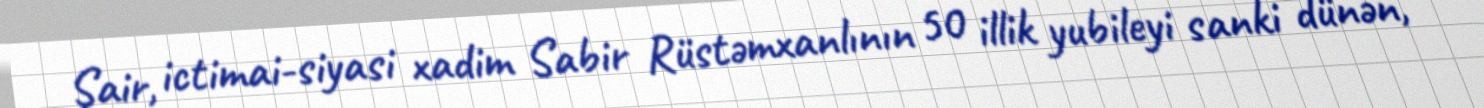
Şair, ictimai-siyasi xadim Sabir Rüstəmxanlının 50 illik yubileyi sanki dünən,